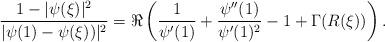
LaTeX: \begin{align*}\frac{1-|\psi(\xi)|^2}{|\psi(1) - \psi(\xi))|^2} = \Re\left(\frac{1}{\psi'(1)} + \frac{\psi''(1)}{\psi'(1)^2} - 1 + \Gamma(R(\xi))\right).\end{align*}